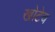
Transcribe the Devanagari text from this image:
खोटेच